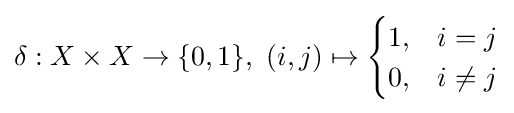
{\textstyle \delta :X\times X\to \{0,1\},\ (i,j)\mapsto {\begin{cases}1,&i=j\\0,&i\neq j\end{cases}}}